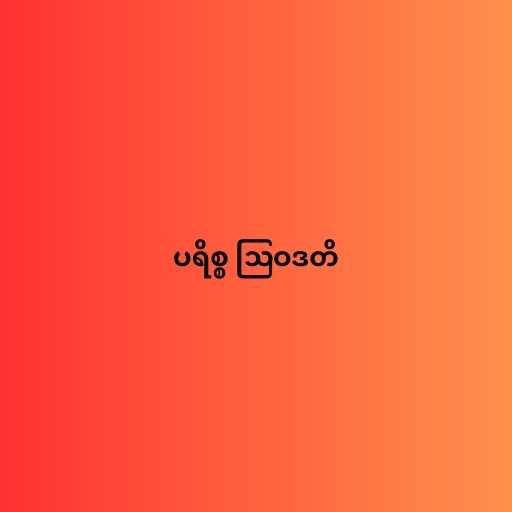
ပရိစ္စ ဩဝဒတိ